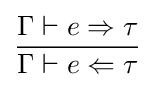
{\frac {\Gamma \vdash e\Rightarrow \tau }{\Gamma \vdash e\Leftarrow \tau }}